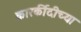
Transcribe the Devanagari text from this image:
कारर्कीदीच्या